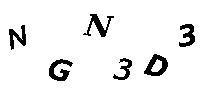
NGN3D3